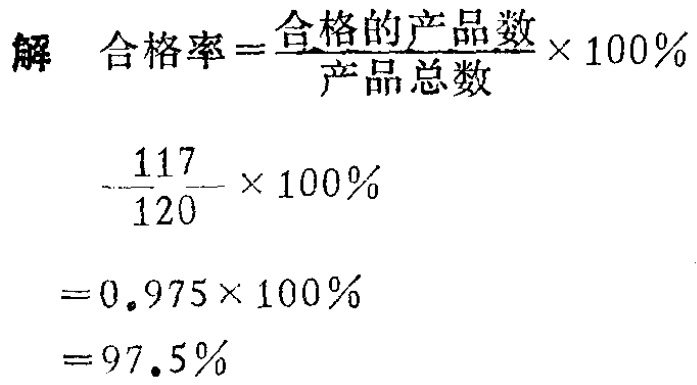
解 合格率\(=\frac{合格的产品数}{产品总数}\times 100\%\)

\(=\frac{117}{120}\times 100\%\)

\(=0.975\times 100\%\)

\(=97.5\%\)